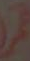
عمر